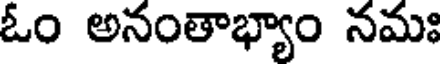
ఓం అనంతాభ్యాం నమః